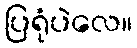
ပြရုံပဲလေ။